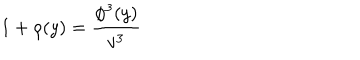
1 + \rho ( y ) = \frac { \phi ^ { 3 } ( y ) } { v ^ { 3 } }